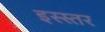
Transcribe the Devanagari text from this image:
इस्स्तर